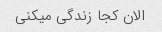
الان کجا زندگی میکنی